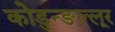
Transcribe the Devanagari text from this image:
कोडुन्ङल्लूर